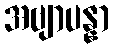
အဗျာပန္နာ